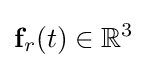
\mathbf {f} _{r}(t)\in \mathbb {R} ^{3}